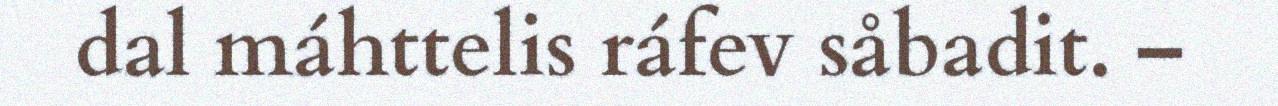
dal máhttelis ráfev såbadit. –